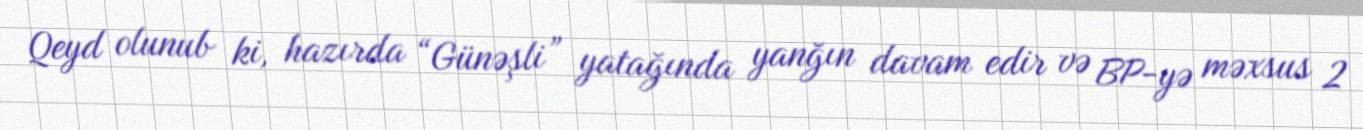
Qeyd olunub ki, hazırda “Günəşli” yatağında yanğın davam edir və BP-yə məxsus 2